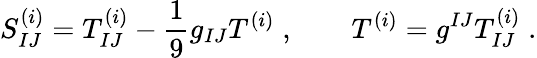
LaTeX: S_{IJ}^{(i)}=T_{IJ}^{(i)}-\frac{1}{9}g_{IJ}T^{(i)}\; ,\qquad T^{(i)}=g^{IJ}T_{IJ}^{(i)}\; .